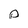
Character: p